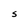
Character: s